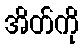
အိတ်ကို